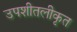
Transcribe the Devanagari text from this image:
उपशीतलीकृत